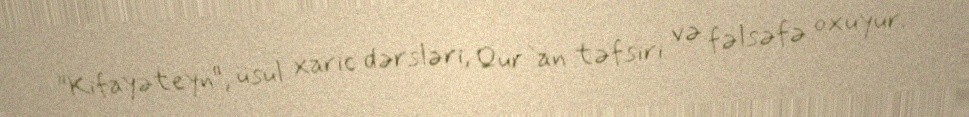
"Kifayəteyn", üsul xaric dərsləri, Qur`an təfsiri və fəlsəfə oxuyur.